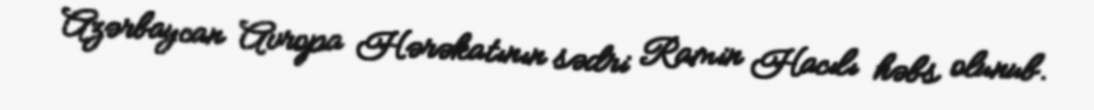
Azərbaycan Avropa Hərəkatının sədri Ramin Hacılı həbs olunub.